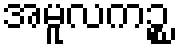
အမူလကဉ္စ